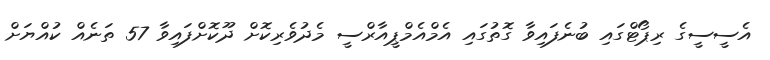
އެސީސީގެ ރިޕޯޓްގައި ބުނެފައިވާ ގޮތުގައި އެމްއެމްޕީއާރްސީ މެދުވެރިކޮށް ދޫކޮށްފައިވާ 57 ތަނެއް ކުއްޔަށް